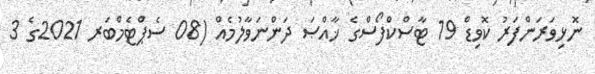
ނޮޅިވަރަންފަރު ކޮވިޑް 19 ޓާސްކްފޯސްގެ ޚާއްޞަ ދަންނަވާލުމެއް (08 ސެޕްޓެމްބަރ 2021ގެ 3